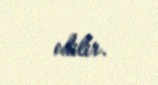
edilir.